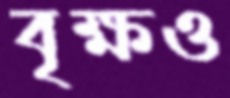
বৃক্ষও